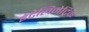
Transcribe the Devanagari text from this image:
इंटेलिमेट्रिक